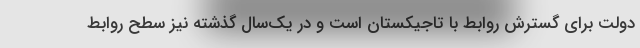
دولت برای گسترش روابط با تاجیکستان است و در یک‌سال گذشته نیز سطح روابط